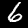
Label: 6